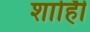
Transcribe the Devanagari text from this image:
शाहीि